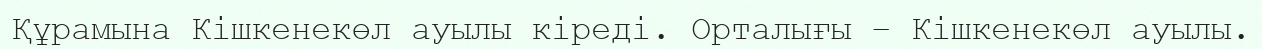
Құрамына Кішкенекөл ауылы кіреді. Орталығы – Кішкенекөл ауылы.